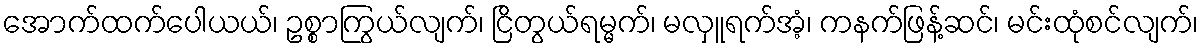
အောက်ထက်ပေါယယ်၊ ဥစ္စာကြွယ်လျက်၊ ငြိတွယ်ရမ္မက်၊ မလှူရက်အံ့၊ ကနက်ဖြန့်ဆင်၊ မင်းထုံစင်လျက်၊